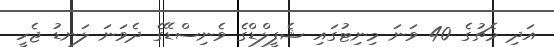
އަދި މެޗުގެ 40 ވަނަ މިނިޓުގައި ޝެފީލްޑްގެ ވެނިސްޑޭގެ ދެވަނަ ލަނޑު ޖެހީ